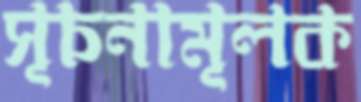
সূচনামূলক